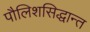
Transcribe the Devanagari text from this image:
पौलिशसिद्धान्त